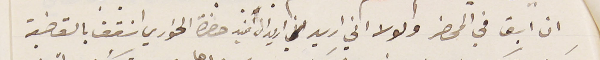
ان ابق في المحضر ولولا اني اريد اني اريد ان افيد حضرة الخوري  اسْقف بالقضية